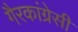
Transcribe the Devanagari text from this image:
गैरकांग्रेसी